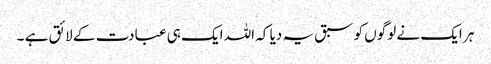
ہر ایک نے لوگوں کو سبق یہ دیا کہ اللہ ایک ہی عبادت کے لائق ہے ۔